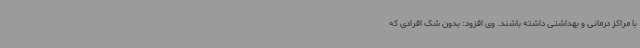
با مراکز درمانی و بهداشتی داشته باشند. وی افزود: بدون شک افرادی که